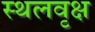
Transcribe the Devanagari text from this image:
स्थलवृक्ष